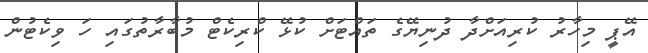
އޭޕީ މިިހާރު ކުރިއަށްދާ ދުނިޔޭގެ ތައްޓަށް ކުޅޭ ކްރިކެޓް މުބާރާތުގައި ހަ ވިކެޓުން